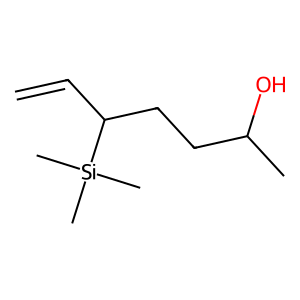
SMILES: C=CC(CCC(C)O)[Si](C)(C)C
Inhibits HIV replication: No